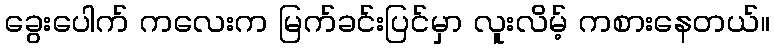
ခွေးပေါက် ကလေးက မြက်ခင်းပြင်မှာ လူးလိမ့် ကစားနေတယ်။